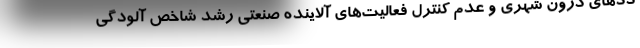
دد‌های درون شهری و عدم کنترل فعالیت‌های آلاینده صنعتی رشد شاخص آلودگی